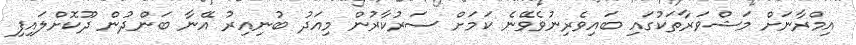
އިމްރާނަށް މަޝްވަރާތަކުގައި ބައިވެރިނުވެވޭނެ ކަމަށް ސަރުކާރުން މިއަދު ބުނިއިރު އޭނާ ބަންދުން ދޫކޮށްލައިފި